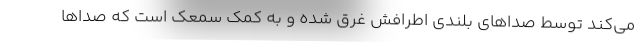
می‌کند توسط صداهای بلندی اطرافش غرق شده و به کمک سمعک است که صداها